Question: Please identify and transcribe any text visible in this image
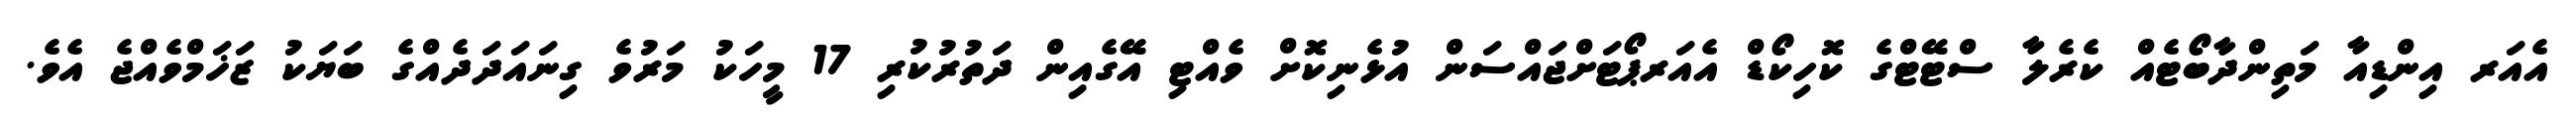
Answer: އެއަރ އިންޑިއާ މަތިންދާބޯޓެއް ކެރެލާ ސްޓޭޓްގެ ކޮހިކޯޑް އެއަރޕޯޓަށްޖައްސަން އުޅެނިކޮށް ވެއްޓި އޭގެއިން ދަތުރުކުރި 17 މީހަކު މަރުވެ ގިނައަދަދެއްގެ ބަޔަކު ޒަޚަމްވެއްޖެ އެވެ.